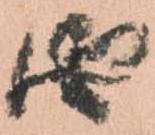
由